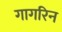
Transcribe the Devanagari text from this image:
गागरिन